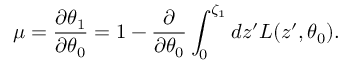
\mu = \frac { \partial \theta _ { 1 } } { \partial \theta _ { 0 } } = 1 - \frac { \partial } { \partial \theta _ { 0 } } \int _ { 0 } ^ { \zeta _ { 1 } } d z ^ { \prime } L ( z ^ { \prime } , \theta _ { 0 } ) .